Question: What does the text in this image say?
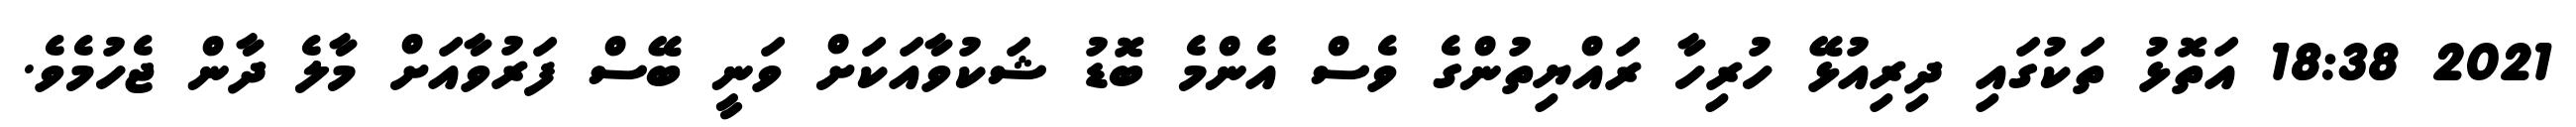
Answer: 2021 18:38 އަތޮޅު ތަކުގައި ދިރިއުޅޭ ހުރިހާ ރައްޔިތުންގެ ވެސް އެންމެ ބޮޑު ޝަކުވާއަކަށް ވަނީ ބޭސް ފަރުވާއަށް މާލެ ދާން ޖެހުމެވެ.